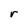
Character: r